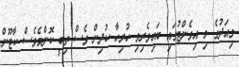
މިއަދުގެ މި އިވެންޓުގައި ބައިވެރިވި ހުރިހާ ކުދިން ވެސް ތިބީ ކޮންމެވެސް ކާޓޫން